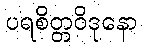
ပရစိတ္တဝိဒုနော